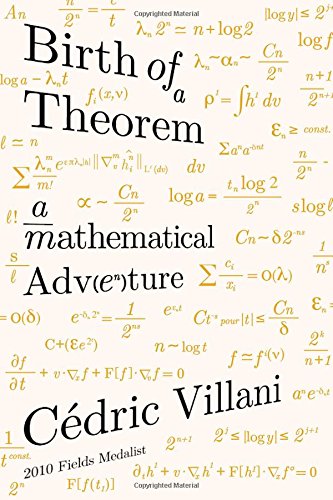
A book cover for Birth of a Theorem: A Mathematical Adventure; CÃ©dric Villani; Science & Math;